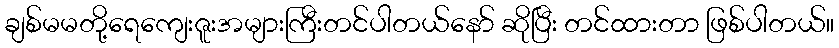
ချစ်မမတို့ရေကျေးဇူးအများကြီးတင်ပါတယ်နော် ဆိုပြီး တင်ထားတာ ဖြစ်ပါတယ်။